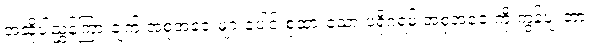
အဆိုပါညွှန်ကြားချက် အစုအဝေးများပေါင်းစုထားသော ပရိုဂရမ် အစုအဝေးကို ကွန်ပျူတာ